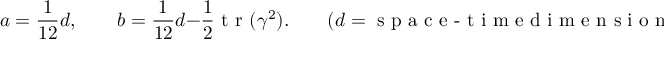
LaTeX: a = \frac { 1 } { 1 2 } d , \qquad b = \frac { 1 } { 1 2 } d - \frac { 1 } { 2 } \textrm { t r } ( \gamma ^ { 2 } ) . \qquad ( d = \textrm { s p a c e - t i m e d i m e n s i o n } )